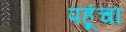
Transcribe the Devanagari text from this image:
पहूंचा